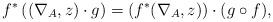
LaTeX: \begin{align*}f^{*}\left((\nabla_A,z)\cdot g\right)=\left(f^{*}(\nabla_A,z)\right)\cdot (g\circ f),\end{align*}